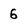
Character: 6